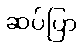
ဆပ်ပြာ